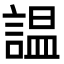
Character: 𧪍